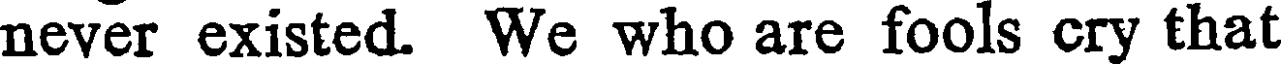
never existed. We who are fools cry that